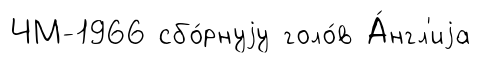
ЧМ-1966 сбо́рнуjу голо́в А́нгл'иjа